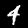
Digit: 4